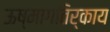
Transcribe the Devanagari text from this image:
ऊष्मागतिर्काय